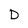
Character: D